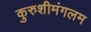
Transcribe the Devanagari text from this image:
कुरुशीमंगलम